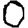
Digit: 0